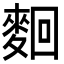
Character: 𪌦